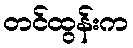
တင်ထွန်းက